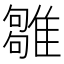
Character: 𩀣